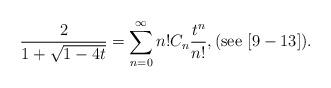
LaTeX: \begin{align*}\frac{2}{1+\sqrt{1-4t}} = \sum_{n=0}^\infty n! C_n \frac{t^n}{n!},(\textnormal{see} \,\, [9-13]).\end{align*}